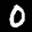
Label: 0